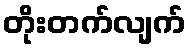
တိုးတက်လျက်